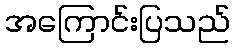
အကြောင်းပြသည်